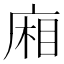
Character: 廂